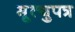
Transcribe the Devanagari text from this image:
मृ्त्युपत्र